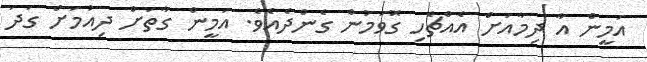
އަމީން އާ ދިމާއަށް އެއްޗެހި ގޮވަމުން ގެންދެއެވެ. އަމީން ގާތަށް ދިއުމަށް ގަދަ